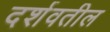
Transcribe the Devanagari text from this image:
दर्शवतील